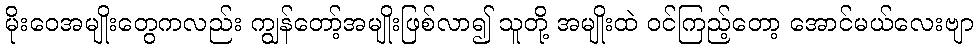
မိုးဝေအမျိုးတွေကလည်း ကျွန်တော့်အမျိုးဖြစ်လာ၍ သူတို့ အမျိုးထဲ ဝင်ကြည့်တော့ အောင်မယ်လေးဗျာ